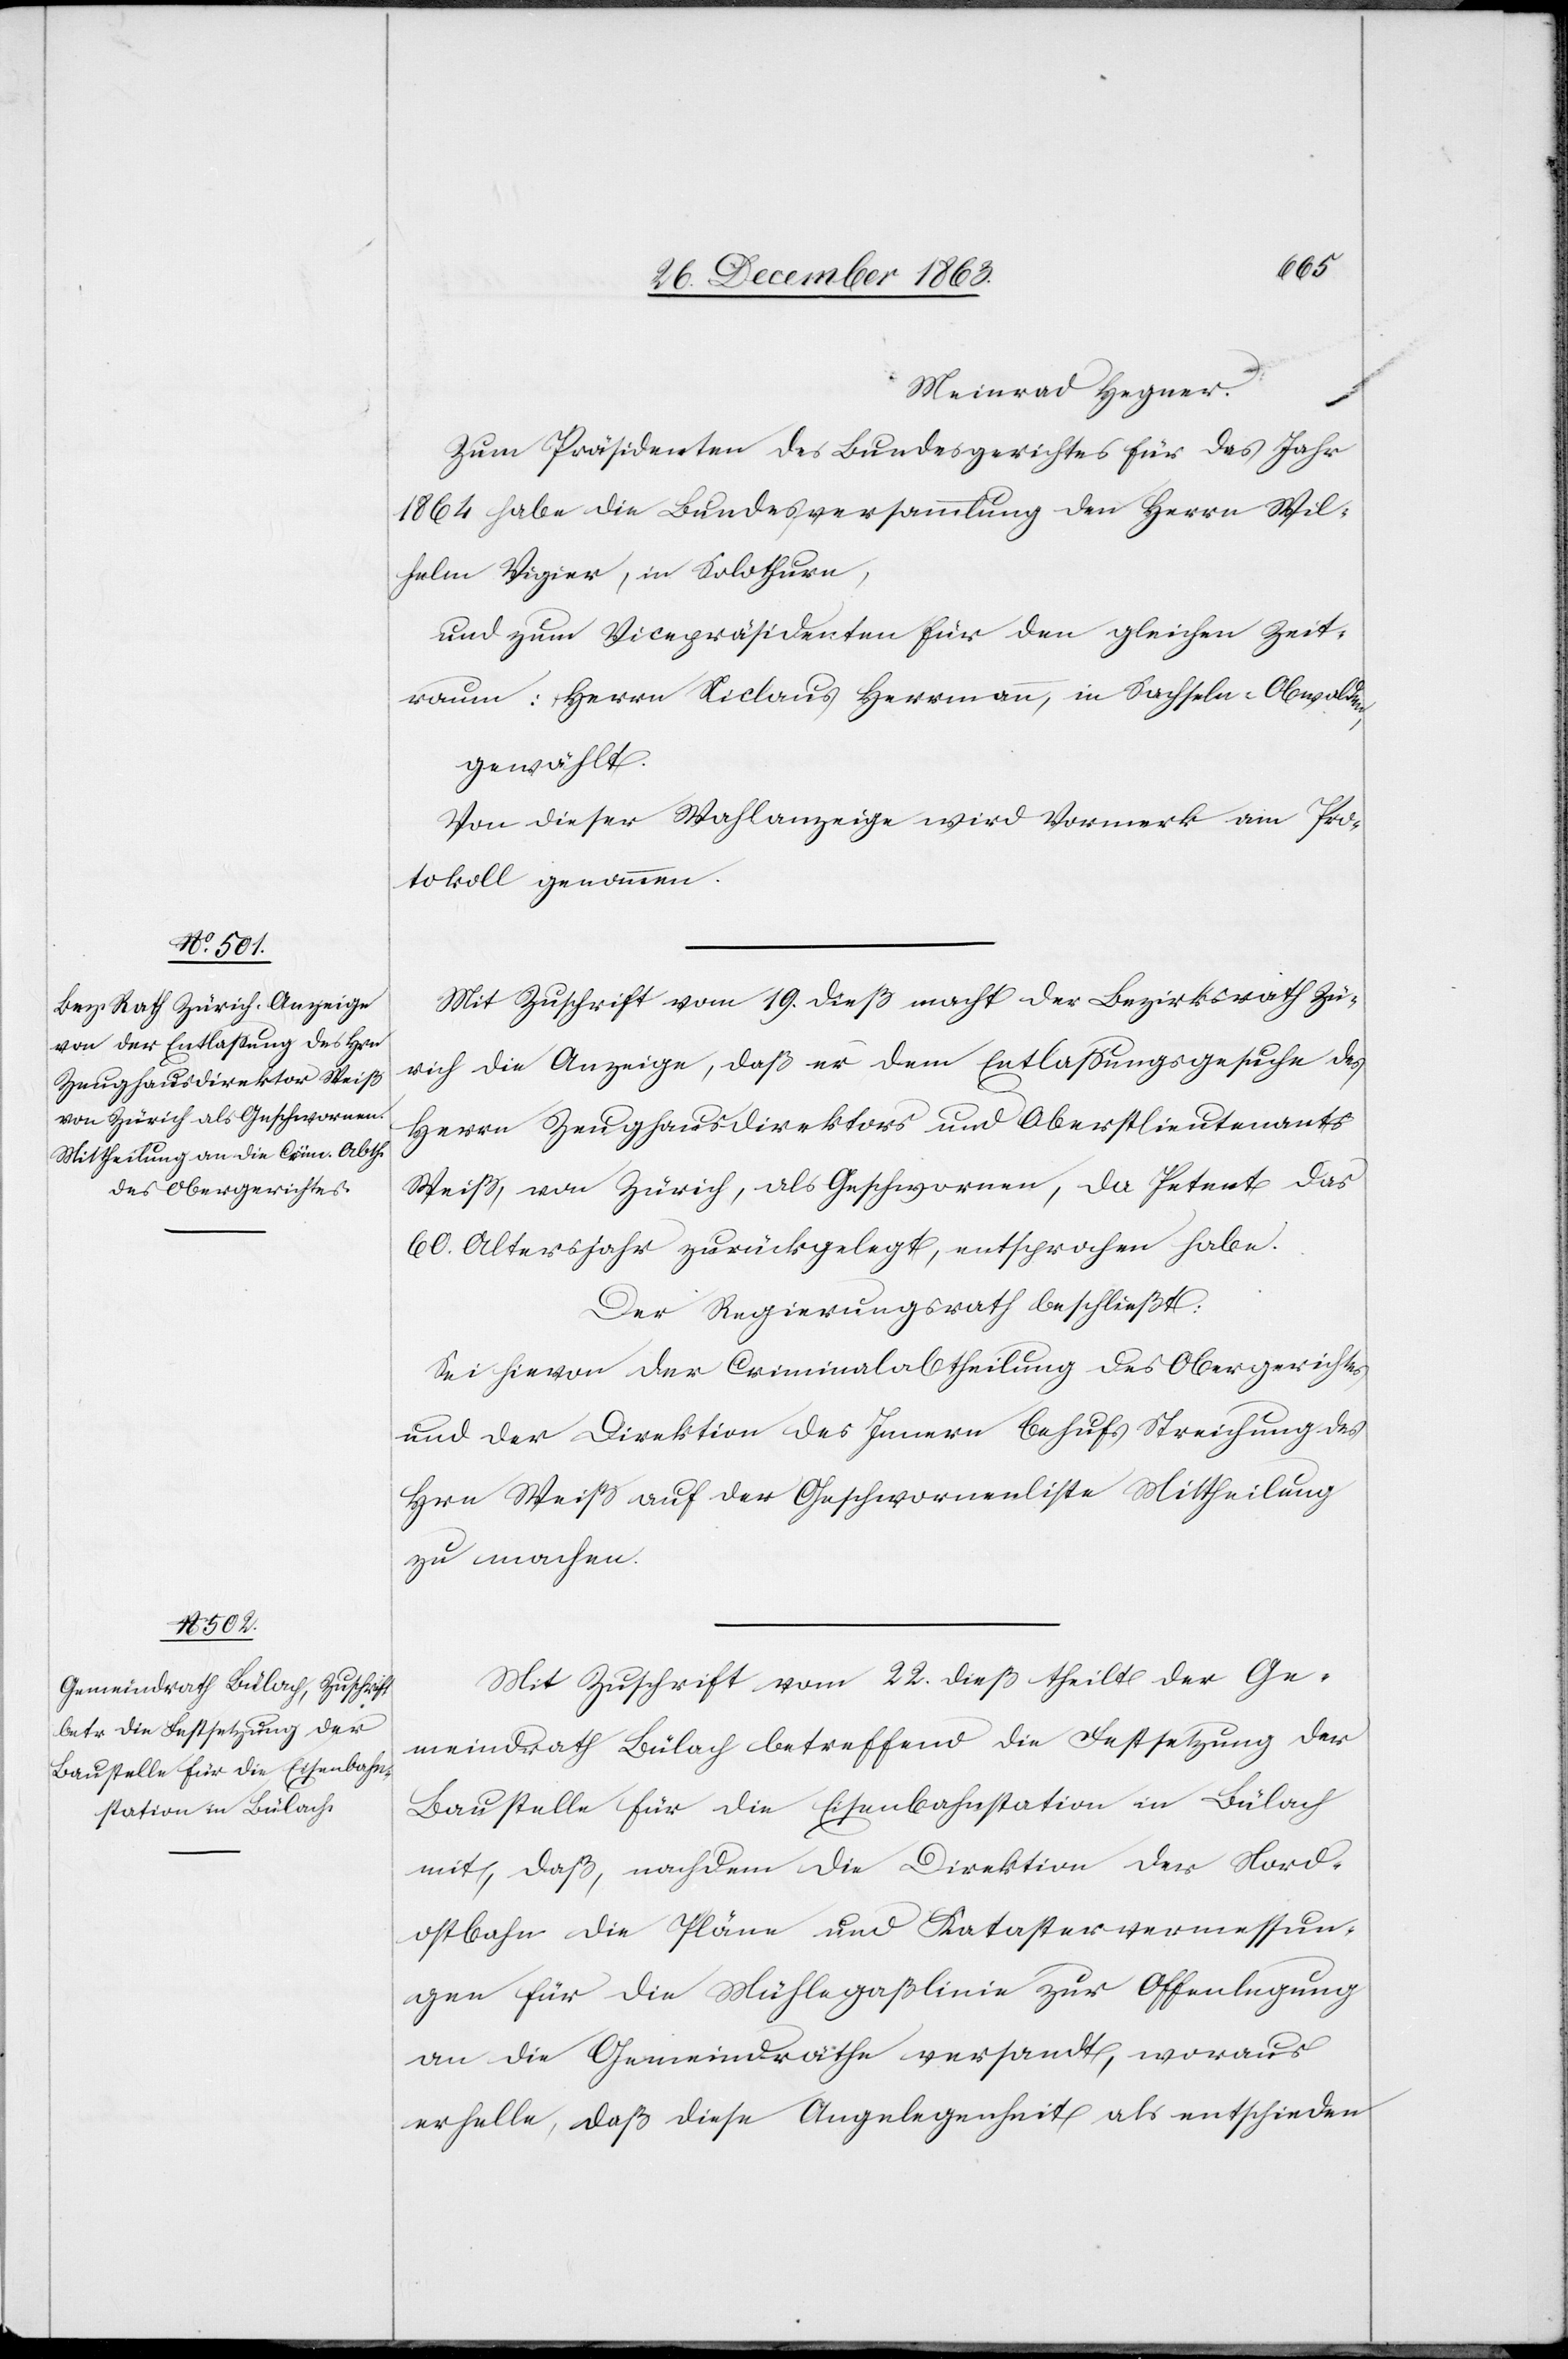
Meinrad Hegner.
Zum Präsidenten des Bundesgerichtes für das Jahr
1864 habe die Bundesversammlung den Herrn Wil¬
helm Vigier, in Solothurn,
und zum Vicepräsidenten für den gleichen Zeit¬
raum: Herrn Niclaus [sic!] Hermann, in Sachseln-Obwalden,
gewählt.
Von dieser Wahlanzeige wird Vormerk am Pro¬
tokoll genommen.
Mit Zuschrift vom 19. dieß macht der Bezirksrath Zü¬
rich die Anzeige, daß er dem Entlassungsgesuche des
Herrn Zeughausdirektors und Oberstlieutenants
Weiß, von Zürich, als Geschwornen, da Petent das
60. Altersjahr zurückgelegt, entsprochen habe.
Der Regierungsrath beschließt:
Sei hievon der Criminalabtheilung des Obergerichtes
und der Direktion des Innern behufs Streichung des
Hrn Weiß auf der Geschwornenliste Mittheilung
zu machen.
Mit Zuschrift vom 22. dieß theilt der Ge¬
meindrath Bülach betreffend die Festsetzung der
Baustelle für die Eisenbahnstation in Bülach
mit, daß, nachdem die Direktion der Nord¬
ostbahn die Pläne und Katastervermessun¬
gen für die Mühlegaßlinie zur Offenlegung
an die Gemeindräthe versandt, woraus
erhelle, daß diese Angelegenheit als entschieden